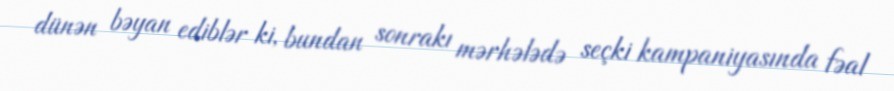
dünən bəyan ediblər ki, bundan sonrakı mərhələdə seçki kampaniyasında fəal